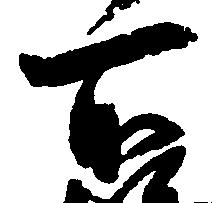
所